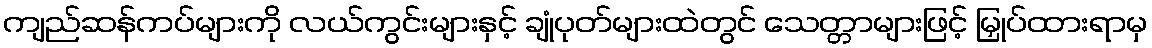
ကျည်ဆန်ကပ်များကို လယ်ကွင်းများနှင့် ချုံပုတ်များထဲတွင် သေတ္တာများဖြင့် မြှုပ်ထားရာမှ